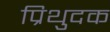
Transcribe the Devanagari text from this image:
प्रिथुदक